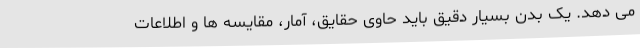
می دهد. یک بدن بسیار دقیق باید حاوی حقایق، آمار، مقایسه ها و اطلاعات